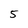
Character: 5